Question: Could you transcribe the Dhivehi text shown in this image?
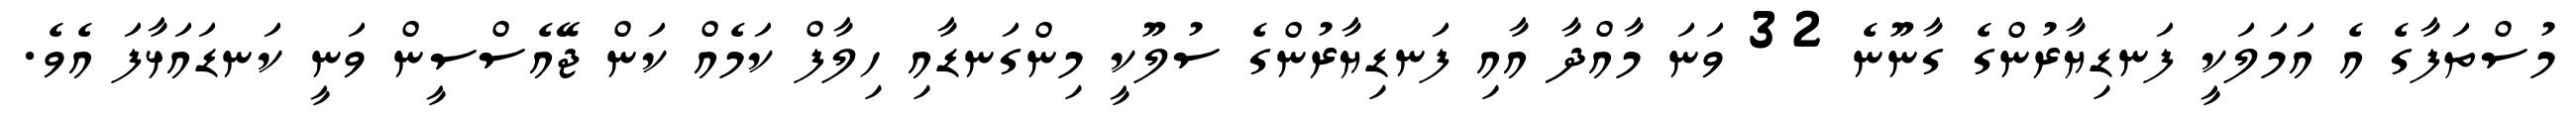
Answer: މުސްތަފާގެ އެ އަމަލަކީ ފަނޑިޔާރުންގެ ގާނޫނެ 32 ވަނަ މާއްދާ އާއި ފަނޑިޔާރުންގެ ސުލޫކީ މިންގަނޑާއި ހިލާފް ކަމެއް ކަން ޖޭއެސްސީން ވަނީ ކަނޑައަޅާފަ އެވެ.